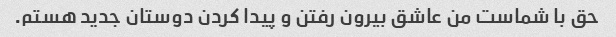
حق با شماست من عاشق بیرون رفتن و پیدا کردن دوستان جدید هستم.